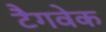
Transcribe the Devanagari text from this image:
टैगवेक